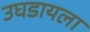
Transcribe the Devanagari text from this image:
उघडायला